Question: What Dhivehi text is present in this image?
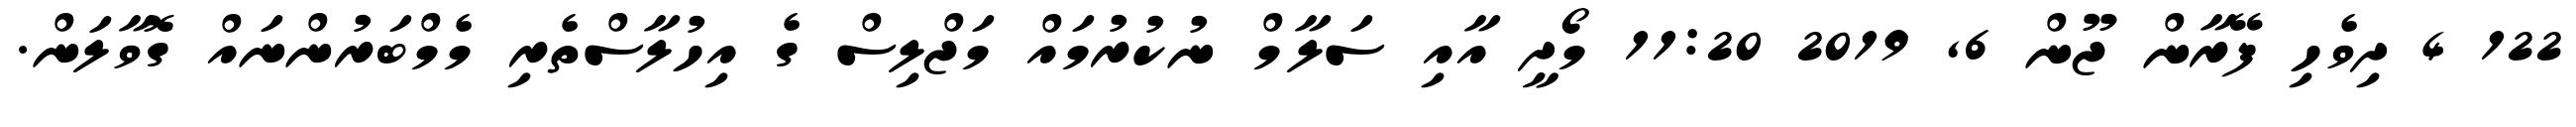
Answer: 122 4 ދިވެހި ފޭރާން ޖޫން 6, 2019 11:20 މޯދީ އާއި ސަލާމް ނުކުރުމައް މަޖްލިސް ގެ އިހުލާސްތެރި މެމްބަރުންނައް ގޮވާލަން.